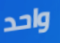
واحد